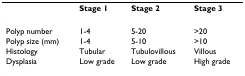
<table><thead><tr><td></td><td><b>Stage 1</b></td><td><b>Stage 2</b></td><td><b>Stage 3</b></td></tr></thead><tbody><tr><td>Polyp number</td><td>1-4</td><td>5-20</td><td>&gt;20</td></tr><tr><td>Polyp size (mm)</td><td>1-4</td><td>5-10</td><td>&gt;10</td></tr><tr><td>Histology</td><td>Tubular</td><td>Tubulovillous</td><td>Villous</td></tr><tr><td>Dysplasia</td><td>Low grade</td><td>Low grade</td><td>High grade</td></tr></tbody></table>